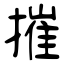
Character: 摧